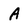
Character: A